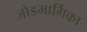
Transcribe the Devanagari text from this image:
जोडमार्गिका